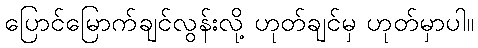
ပြောင်မြောက်ချင်လွန်းလို့ ဟုတ်ချင်မှ ဟုတ်မှာပါ။